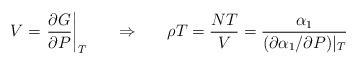
LaTeX: \begin{align*}V = \left. \frac{\partial G }{\partial P } \right|_{T} \ \ \ \ \ \Rightarrow \ \ \ \ \ \rho T = \frac{NT}{V} =\frac{\alpha_{1} }{(\partial \alpha_{1}/ \partial P ) |_{T} }\end{align*}